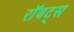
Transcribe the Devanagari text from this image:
रॉयट्स